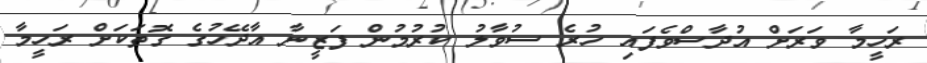
ރަހީމާ ވަރަށް އުދާސްވެފައި ހުރެ ސުވާލު ކުރުމުން ފަޒީނާ އާދޭހުގެ ގޮތަކަށް ރަހީމާ